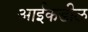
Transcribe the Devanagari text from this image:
आईकडील